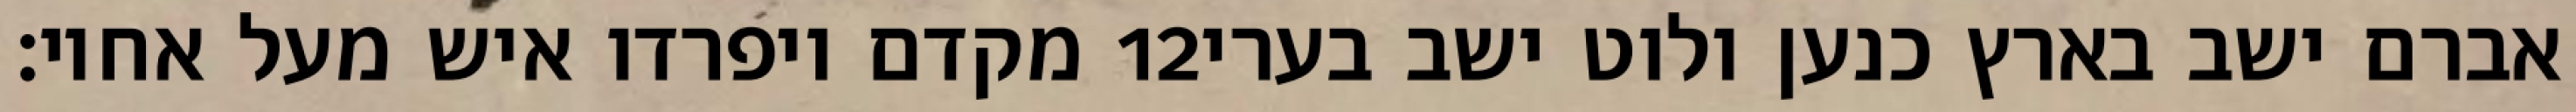
מקדם ויפרדו איש מעל אחיו׃ ‎12‏ אברם ישב בארץ כנען ולוט ישב בערי